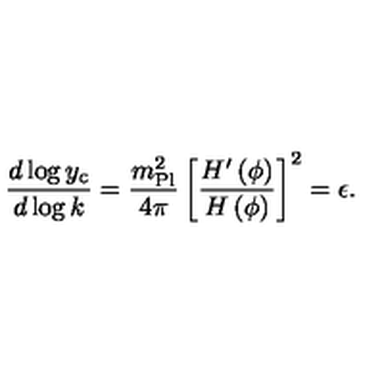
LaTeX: { \frac { d \log { y _ { \mathrm { c } } } } { d \log { k } } } = { \frac { m _ { \mathrm { P l } } ^ { 2 } } { 4 \pi } } \left[ { \frac { H ^ { \prime } \left( \phi \right) } { H \left( \phi \right) } } \right] ^ { 2 } = \epsilon .